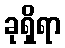
ခုရှိရာ